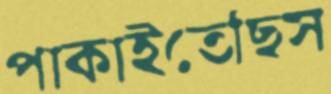
পাকাইতেছিস